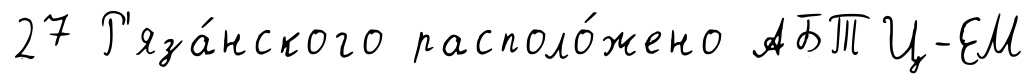
27 Р'яза́нского располо́жено АБТЦ-ЕМ